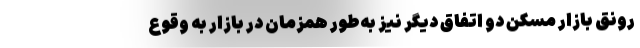
رونق بازار مسکن دو اتفاق دیگر نیز به‌طور همزمان در بازار به وقوع